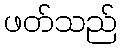
ဖတ်သည်